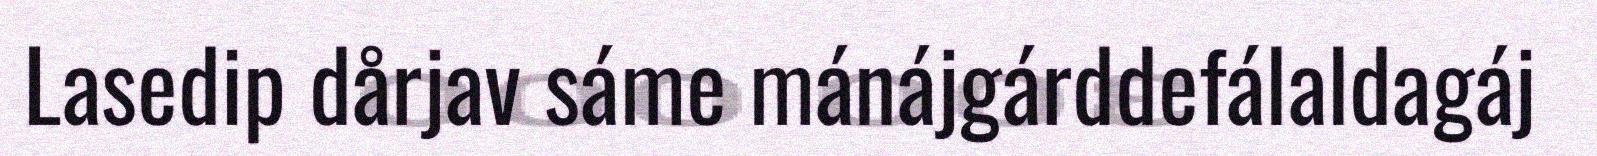
Lasedip dårjav sáme mánájgárddefálaldagáj